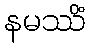
နမဿိံ